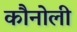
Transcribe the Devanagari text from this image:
कौनोली